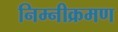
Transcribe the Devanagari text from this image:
निम्नीक्रमण